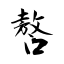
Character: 嗸